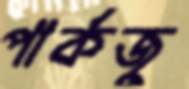
পার্কজু